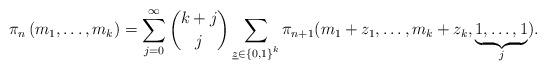
LaTeX: \begin{align*} \pi_{n} \left(m_{1},\ldots,m_{k}\right)=\sum_{j=0}^{\infty}\binom{k+j}{j}\sum_{\underline{z}\in\left\{ 0,1\right\} ^{k}}\pi_{n+1}(m_{1}+z_{1},\ldots,m_{k}+z_{k},\underbrace{1,\ldots,1}_{j}).\end{align*}